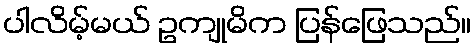
ပါလိမ့်မယ် ဥကျုမိက ပြန်ဖြေသည်။